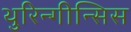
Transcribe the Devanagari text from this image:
थुरिन्गीन्सिस